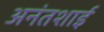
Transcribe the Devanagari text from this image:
अनंतशाई